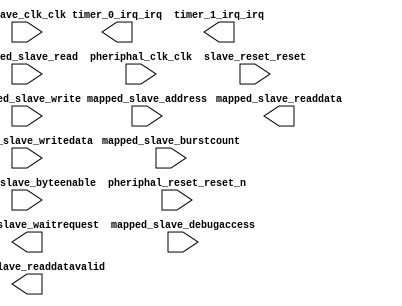

module TimerSYS (
	mapped_slave_waitrequest,
	mapped_slave_readdata,
	mapped_slave_readdatavalid,
	mapped_slave_burstcount,
	mapped_slave_writedata,
	mapped_slave_address,
	mapped_slave_write,
	mapped_slave_read,
	mapped_slave_byteenable,
	mapped_slave_debugaccess,
	pheriphal_clk_clk,
	pheriphal_reset_reset_n,
	slave_clk_clk,
	slave_reset_reset,
	timer_0_irq_irq,
	timer_1_irq_irq);	

	output		mapped_slave_waitrequest;
	output	[31:0]	mapped_slave_readdata;
	output		mapped_slave_readdatavalid;
	input	[0:0]	mapped_slave_burstcount;
	input	[31:0]	mapped_slave_writedata;
	input	[9:0]	mapped_slave_address;
	input		mapped_slave_write;
	input		mapped_slave_read;
	input	[3:0]	mapped_slave_byteenable;
	input		mapped_slave_debugaccess;
	input		pheriphal_clk_clk;
	input		pheriphal_reset_reset_n;
	input		slave_clk_clk;
	input		slave_reset_reset;
	output		timer_0_irq_irq;
	output		timer_1_irq_irq;
endmodule